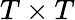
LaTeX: T\times T